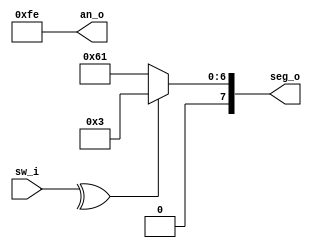

//////////////////////////////////////////////////////////////////////////////////
// Company: 
// Engineer: 
// 
// Design Name: 
// Module Name: top
// Project Name: 
// Target Devices: 
// Tool Versions: 
// Description: 
// 
// Dependencies: 
// 
// Revision:
// Revision 0.01 - File Created
// Additional Comments:
// 
//////////////////////////////////////////////////////////////////////////////////

module top(input [15:0] sw_i, output [7:0] an_o, seg_o);
    wire parity_bit;
    assign parity_bit = ^sw_i;
    assign an_o = 8'b11111110;
    assign seg_o = parity_bit ? 8'b00000011 : 8'b01100001; //O = 00000011 E = 01100001
endmodule